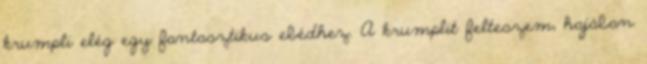
krumpli elég egy fantasztikus ebédhez. A krumplit felteszem, hajában